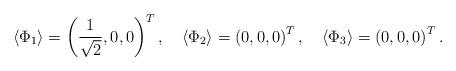
LaTeX: \begin{align*}\langle \Phi_{1} \rangle = \left( \frac{1}{\sqrt{2}}, 0, 0 \right)^T,\quad \langle \Phi_{2} \rangle = \left( 0, 0, 0 \right)^T,\quad \langle \Phi_{3} \rangle = \left( 0, 0, 0 \right)^T.\end{align*}